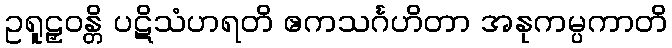
ဥရူဠှဝန္တိ ပဋိသံဟရတိ ဧကသင်္ဂဟိတာ အနုကမ္ပကာတိ